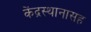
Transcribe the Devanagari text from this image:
केंद्रस्थानासह